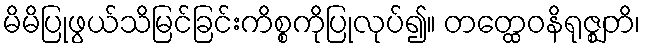
မိမိပြုဖွယ်သိမြင်ခြင်းကိစ္စကိုပြုလုပ်၍။ တတ္ထေဝနိရုဇ္ဈတိ၊